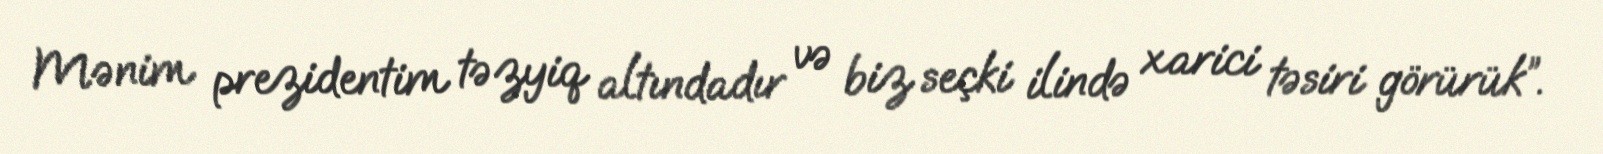
Mənim prezidentim təzyiq altındadır və biz seçki ilində xarici təsiri görürük”.